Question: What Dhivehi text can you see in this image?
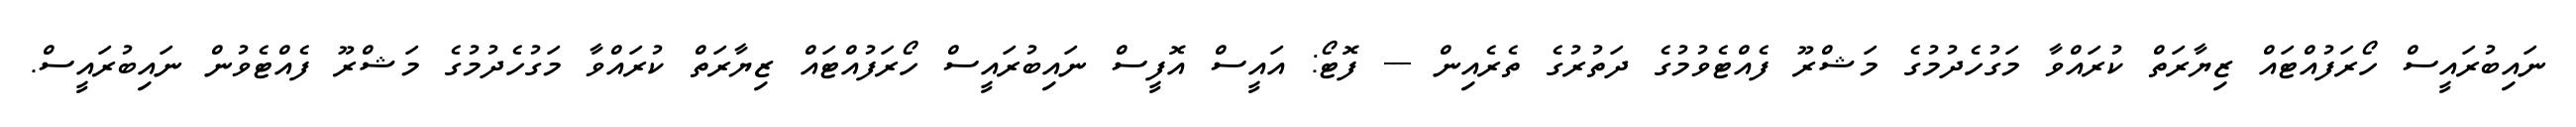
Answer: ނައިބުރައީސް ހޯރަފުއްޓައް ޒިޔާރަތް ކުރައްވާ މަގުހެދުމުގެ މަޝްރޫ ފެއްޓެވުމުގެ ދަތުރުގެ ތެރެއިން --- ފޮޓޯ: އައީސް އޮފީސް ނައިބުރައީސް ހޯރަފުއްޓައް ޒިޔާރަތް ކުރައްވާ މަގުހެދުމުގެ މަޝްރޫ ފެއްޓެވުން ނައިބުރައީސް.